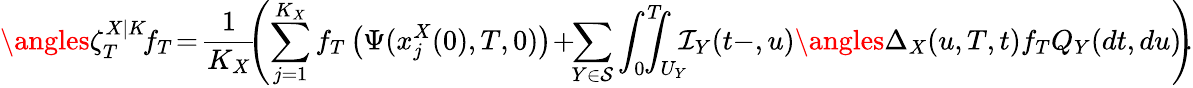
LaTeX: \angles{\zeta_{T}^{X|K}\! }{f_{T}}\! =\! \frac{1}{K_{X}}\! \! \left(\sum_{j=1}^{K_{X}}f_{T}\left(\Psi(x_{j}^{X}(0),T,0)\right)\! +\! \! \sum_{Y\in\mathcal{S}}\int_{0}^{T}\! \! \! \! \! \int_{U_{Y}}\! \! \! \mathcal{I}_{Y}(t-,u)\angles{\Delta_{X}(u,T,t)}{f_{T}}Q_{Y}(dt,du)\! \! \right)\! \! .